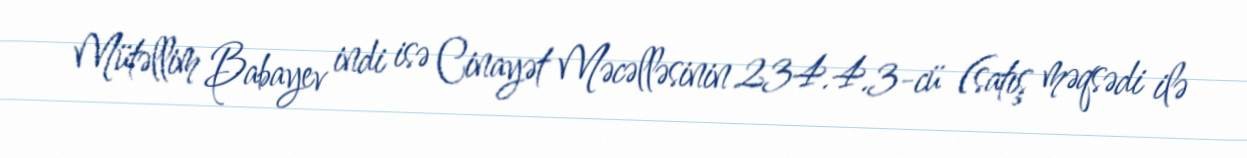
Mütəllim Babayev indi isə Cinayət Məcəlləsinin 234.4.3-cü (satış məqsədi ilə